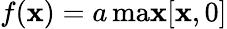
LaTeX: f(\mathbf{x})=a\, \mathrm{{ma\mathbf{x}}}[\mathbf{x},0]